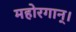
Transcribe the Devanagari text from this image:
महोरगान्।